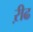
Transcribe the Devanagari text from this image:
ऱीढ